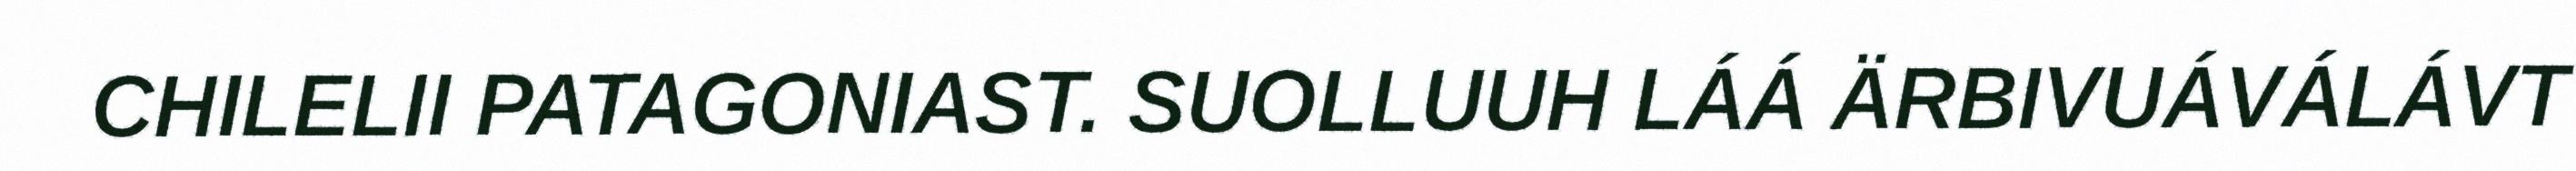
CHILELII PATAGONIAST. SUOLLUUH LÁÁ ÄRBIVUÁVÁLÁVT